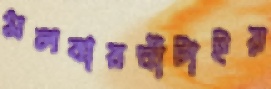
মলবারঘাঁটাইয়